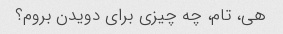
هی، تام، چه چیزی برای دویدن بروم؟